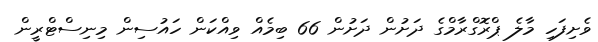
ވެށިފަހި މާލެ ޕްރޮގްރާމްގެ ދަށުން ދަށުން 66 ބިމެއް ވިއްކަން ހައުސިން މިނިސްޓްރީން